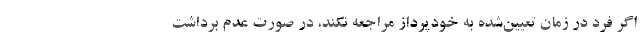
اگر فرد در زمان تعیین‌شده به خودپرداز مراجعه نکند، در صورت عدم برداشت